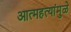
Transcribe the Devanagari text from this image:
आत्महत्यांमुळे